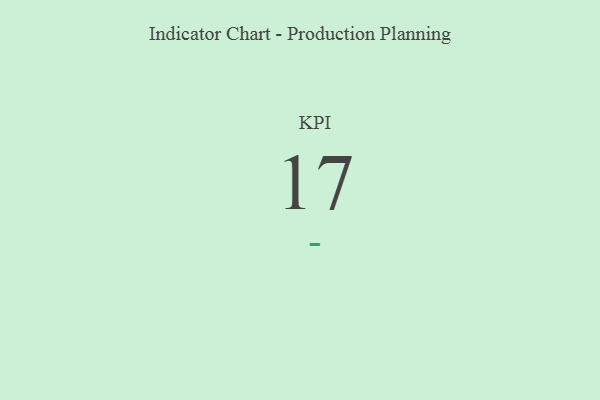
{"axis": {"x": "KPI", "y": "Value"}, "legend": [""], "data": [{"x": "KPI", "y": 17, "type": ""}]}